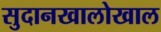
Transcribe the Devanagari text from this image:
सुदानखालोखाल